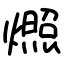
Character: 燳